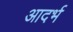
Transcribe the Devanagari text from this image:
आदर्भ